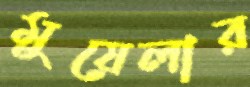
মুয়েলার